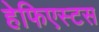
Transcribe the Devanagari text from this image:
हेफिएस्टस